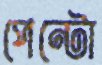
পেন্টো